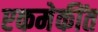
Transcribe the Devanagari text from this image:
एकमेकींत